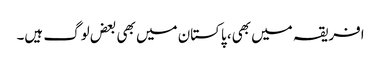
افریقہ میں بھی، پاکستان میں بھی بعض لوگ ہیں۔